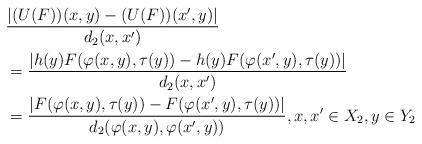
LaTeX: \begin{align*}&\frac{|(U(F))(x,y)-(U(F))(x',y)|}{d_2(x,x')}\\& = \frac{|h(y)F(\varphi(x,y),\tau(y))-h(y)F(\varphi(x',y),\tau(y))|}{d_2(x,x')} \\& = \frac{|F(\varphi(x,y),\tau(y))-F(\varphi(x',y),\tau(y))|}{d_2(\varphi(x,y),\varphi(x',y))},x,x'\in X_2, y\in Y_2\end{align*}